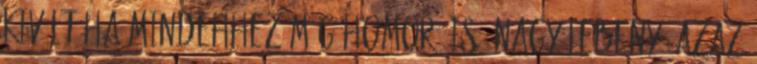
kivált ha mindehhez még homorú is. Nagy lebeny, azaz